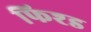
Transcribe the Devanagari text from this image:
फिश्ड